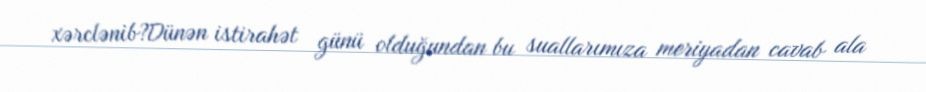
xərclənib?Dünən istirahət günü olduğundan bu suallarımıza meriyadan cavab ala